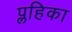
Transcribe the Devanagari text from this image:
प्लहिका